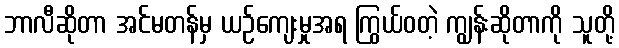
ဘာလီဆိုတာ အင်မတန်မှ ယဉ်ကျေးမှုအရ ကြွယ်ဝတဲ့ ကျွန်းဆိုတာကို သူတို့